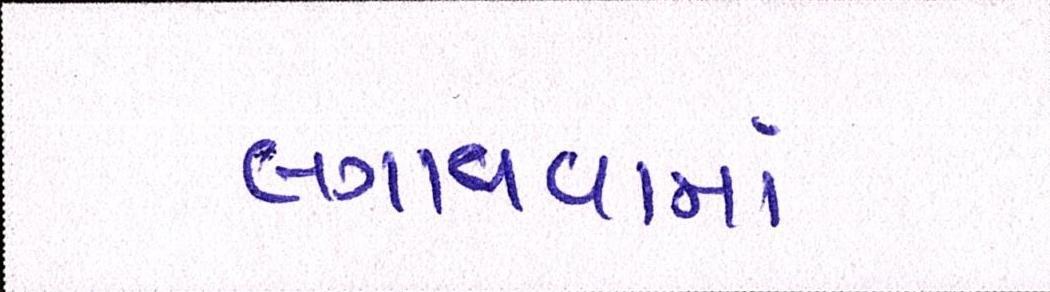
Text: લગાવવામાં